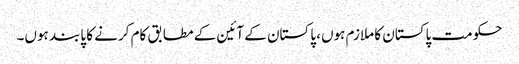
حکومت پاکستان کا ملازم ہوں، پاکستان کے آئین کے مطابق کام کرنے کا پابند ہوں۔